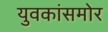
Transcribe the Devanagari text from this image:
युवकांसमोर